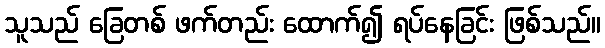
သူသည် ခြေတစ် ဖက်တည်း ထောက်၍ ရပ်နေခြင်း ဖြစ်သည်။